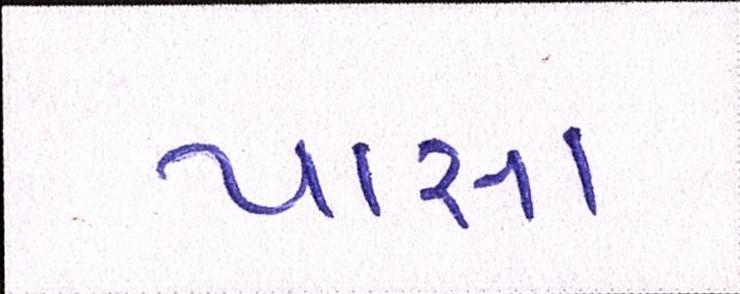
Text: પાસા